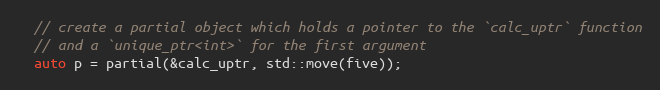
Language: C++
  // create a partial object which holds a pointer to the `calc_uptr` function
  // and a `unique_ptr<int>` for the first argument
  auto p = partial(&calc_uptr, std::move(five));